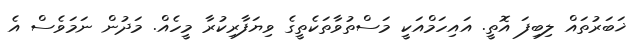
ޚަބަރުތައް ލިބިފަ އޮތީ. އައިހަމްއަކީ މަސްތުވާތަކެތީގެ ވިޔަފާރިކުރާ މީހެއް. މަދުން ނަމަވެސް އެ